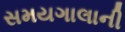
સમયગાલાની